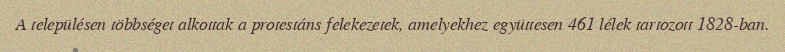
A településen többséget alkottak a protestáns felekezetek, amelyekhez együttesen 461 lélek tartozott 1828-ban.